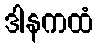
ဒါနကထံ